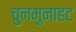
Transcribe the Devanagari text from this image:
चुनमुनाहट